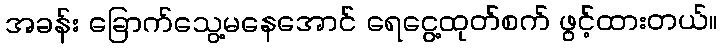
အခန်း ခြောက်သွေ့မနေအောင် ရေငွေ့ထုတ်စက် ဖွင့်ထားတယ်။